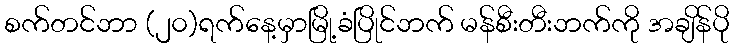
စက်တင်ဘာ (၂၀)ရက်နေ့မှာမြို့ခံပြိုင်ဘက် မန်စီးတီးဘက်ကို အချိန်ပို